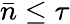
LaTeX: \bar{n}\leq\tau